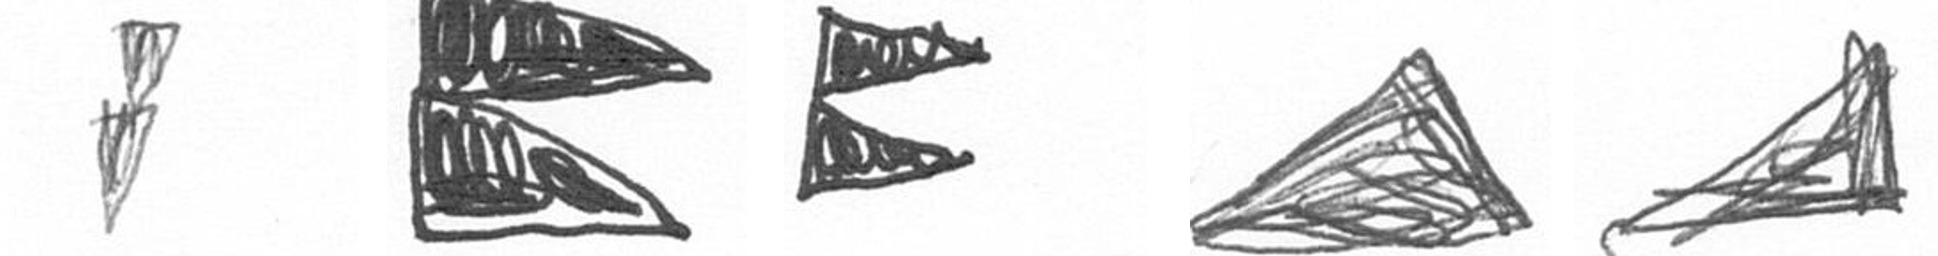
Z P P O O